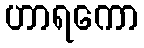
ဟာရကော